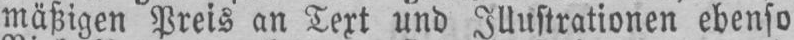
mäßigen Preis an Text und Illustrationen ebenso